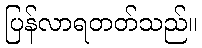
ပြန်လာရတတ်သည်။